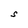
Character: S